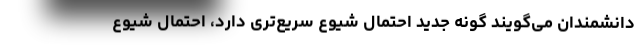
دانشمندان می‌گویند گونه جدید احتمال شیوع سریع‌تری دارد، احتمال شیوع